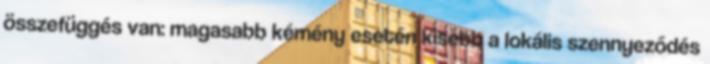
összefüggés van: magasabb kémény esetén kisebb a lokális szennyeződés